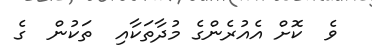
ވެ  ކޮށް އެއުރެންގެ މުދާތަކާއި  ތަކުން  ގެ